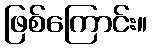
ဖြစ်ကြောင်း။